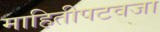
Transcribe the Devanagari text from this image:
माहितीपटवजा